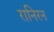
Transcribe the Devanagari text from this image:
रानिरन